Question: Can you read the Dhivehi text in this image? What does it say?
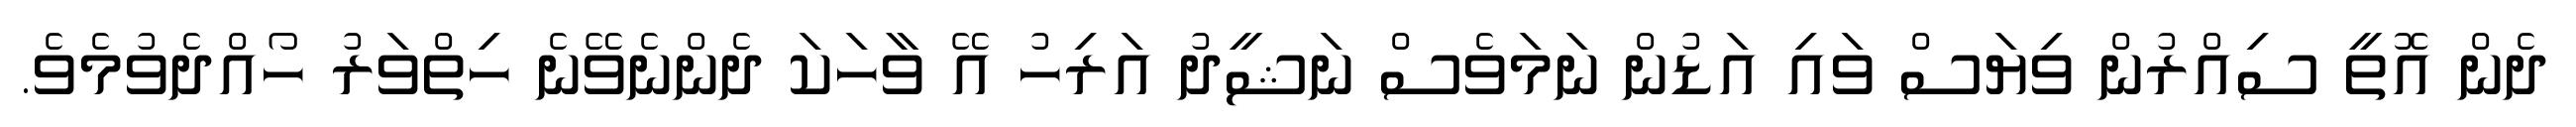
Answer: ދެން އޮތީ ސިއްރުން ވިޔަސް ވައި އަޑުން ނަމަވެސް ނަޝީދު އަރިހު އޭ ވާހަކަ ދެންނެވޭނެ ހިތްވަރު ހޯއްދެވުމެވެ.